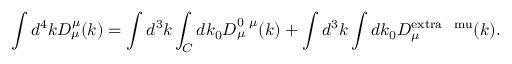
\int d ^ { 4 } k D _ { \mu } ^ { \mu } ( k ) = \int d ^ { 3 } k \int _ { C } d k _ { 0 } D _ { \mu } ^ { 0 \ \mu } ( k ) + \int d ^ { 3 } k \int d k _ { 0 } D _ { \mu } ^ { \mathrm { e x t r a \ \ m u } } ( k ) .